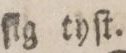
ſig tyſt.